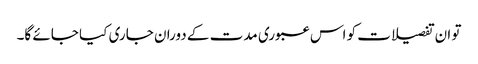
تو ان تفصیلات کو اس عبوری مدت کے دوران جاری کیا جائے گا۔